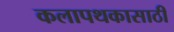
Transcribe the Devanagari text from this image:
कलापथकासाठी